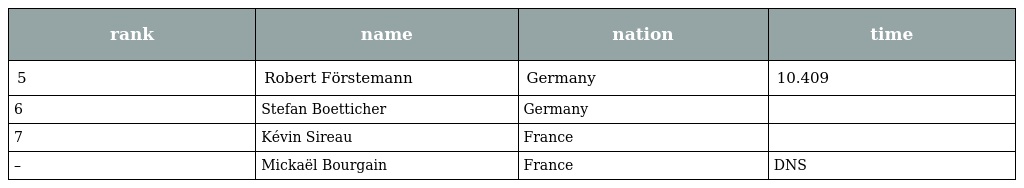
| rank | name | nation | time |
 | --- | --- | --- | --- |
 | 5 | Robert Förstemann | Germany | 10.409 |
 | 6 | Stefan Boetticher | Germany |  |
 | 7 | Kévin Sireau | France |  |
 | – | Mickaël Bourgain | France | DNS |